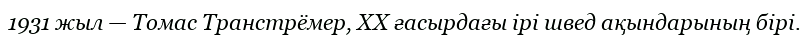
1931 жыл — Томас Транстрёмер, XX ғасырдағы ірі швед ақындарының бірі.